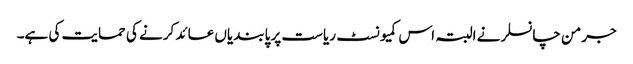
جرمن چانسلر نے البتہ اس کمیونسٹ ریاست پر پابندیاں عائد کرنے کی حمایت کی ہے۔